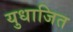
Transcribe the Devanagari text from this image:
युधाजित